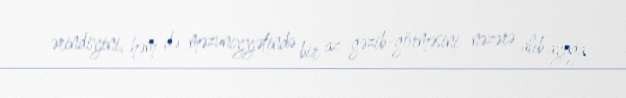
ərindiyini, həm də məzuniyyətində bir az gəzib-görməsini nəzərə alıb ayağa